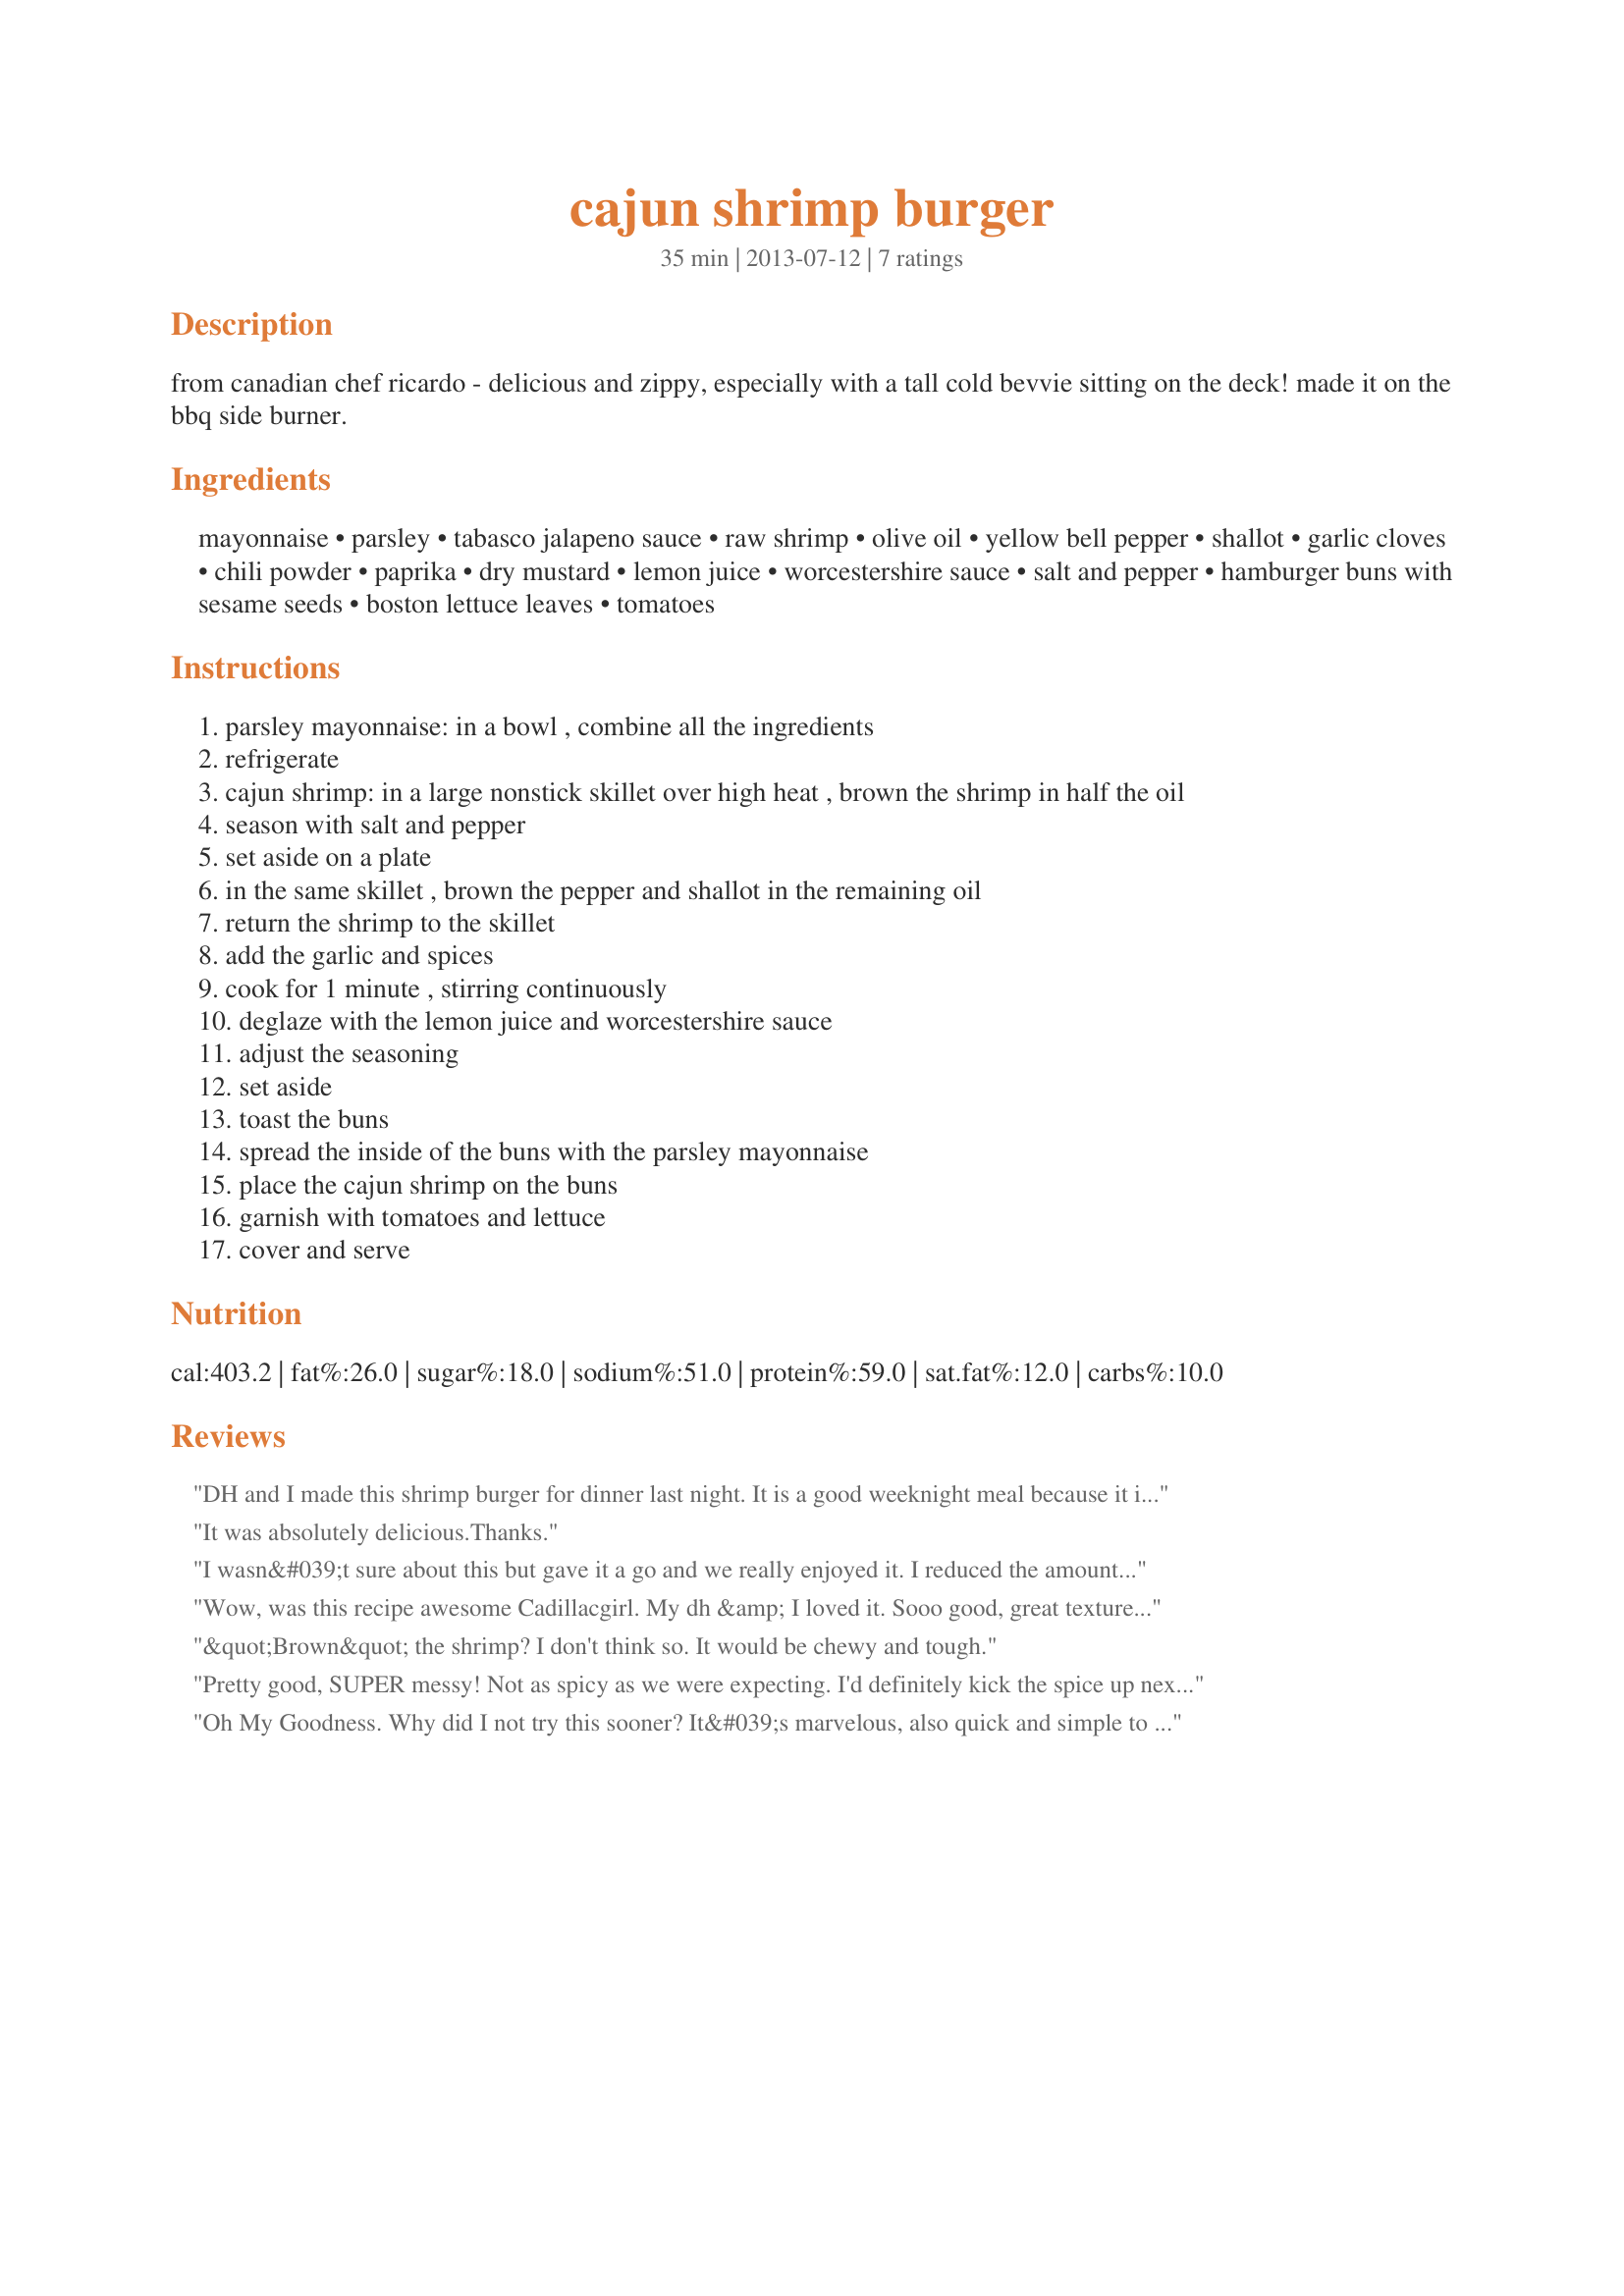
cajun shrimp burger
Preparation time: 35 minutes

from canadian chef ricardo - delicious and zippy, especially with a tall cold bevvie sitting on the deck! made it on the bbq side burner.

Ingredients:
mayonnaise, parsley, tabasco jalapeno sauce, raw shrimp, olive oil, yellow bell pepper, shallot, garlic cloves, chili powder, paprika, dry mustard, lemon juice, worcestershire sauce, salt and pepper, hamburger buns with sesame seeds, boston lettuce leaves, tomatoes

Steps:
parsley mayonnaise: in a bowl , combine all the ingredients
refrigerate
cajun shrimp: in a large nonstick skillet over high heat , brown the shrimp in half the oil
season with salt and pepper
set aside on a plate
in the same skillet , brown the pepper and shallot in the remaining oil
return the shrimp to the skillet
add the garlic and spices
cook for 1 minute , stirring continuously
deglaze with the lemon juice and worcestershire sauce
adjust the seasoning
set aside
toast the buns
spread the inside of the buns with the parsley mayonnaise
place the cajun shrimp on the buns
garnish with tomatoes and lettuce
cover and serve

Reviews:
DH and I made this shrimp burger for dinner last night. It is a good weeknight meal because it is fast and easy to prepare. The only modification that we made was to use regular Tabasco sauce in place of the jalapeno Tabasco because that was what we had on hand. We expected this to be a little spicier, and we ended up adding extra Tabasco to taste over our individual servings. Served with Recipe #501143.
It was absolutely delicious.Thanks.
I wasn&#039;t sure about this but gave it a go and we really enjoyed it. I reduced the amount of seasoning because we&#039;re not big Cajun spice fans and added some garlic and cilantro to the mayo. I only had small shrimp and I think larger ones would have even better flavor (and would be less likely to fall out of the bun). We were out of tomato and used a red pepper instead of yellow but all that did was change the color. I served them on toasted potato buns which complimented the shrimp really well. This was a delightful lunch, thanks for sharing! Made for ZWT 9 - US - Cajun/Creole by one of the Appliance Killers.
Wow, was this recipe awesome Cadillacgirl. My dh &amp; I loved it. Sooo good, great textures and the flavor, yummy. It was delicious, I doubled the spices and used extra large shrimp, it worked beautifully. Served the shrimp on a toasted hamburger bun, which I added remoulade sauce too, then the lettuce and tomato, shrimp and then the hot and spicy mayonnaise sauce. This was perfection, a lovely zing of flavor, thanks so much for sharing. Made for ZWT9.
&quot;Brown&quot; the shrimp? I don't think so. It would be chewy and tough.
Pretty good, SUPER messy! Not as spicy as we were expecting. I'd definitely kick the spice up next time.
Oh My Goodness. Why did I not try this sooner? It&#039;s marvelous, also quick and simple to make. It all adds up to a 5 star hit for me. :D
